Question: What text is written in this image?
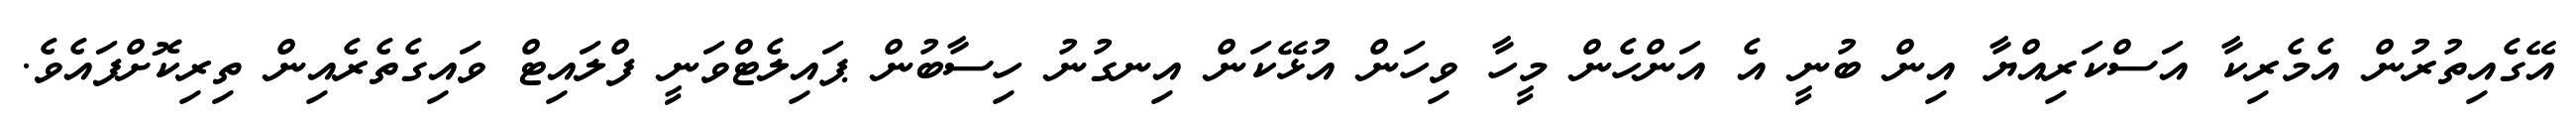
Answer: އޭގެއިތުރުން އެމެރިކާ އަސްކަރިއްޔާ އިން ބުނީ އެ އަންހެން މީހާ ވިހަން އުޅޭކަން އިނގުނު ހިސާބުން ޕައިލެޓްވަނީ ފްލައިޓް ވައިގެތެރެއިން ތިރިކޮށްފައެވެ.